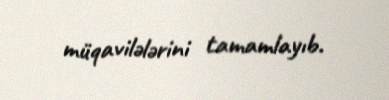
müqavilələrini tamamlayıb.